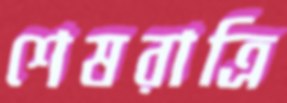
শেষরাত্রি